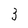
Character: 3